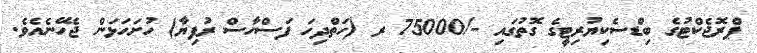
ޕްރޮޖެކްޓުގެ ބިޑްސެކިޔުރިޓީގެ ގޮތުގައި -/75000 ރ (ހަތްދިހަ ފަސްހާސް ރުފިޔާ) ހުށަހަޅަން ޖެހޭނެއެވެ.